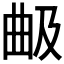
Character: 𣌵